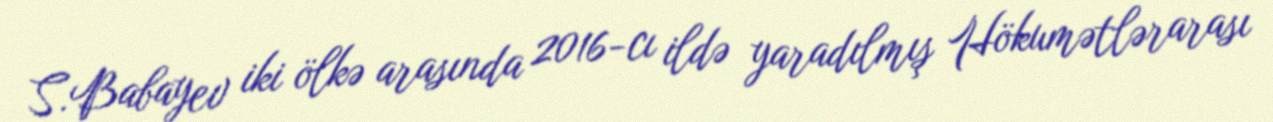
S.Babayev iki ölkə arasında 2016-cı ildə yaradılmış Hökumətlərarası